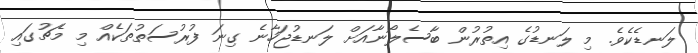
ލަނޑެކެވެ. މި ލަނޑުގެ އިތުރުން ބާސެލޯނާއަށް ލަނޑުޖަހާނެ ގިނަ ފުރުސަތުތަކެއް މި މެޗުގައި